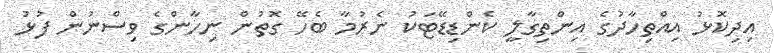
އިދިކޮޅު އިއްތިހާދުގެ އިންތިގާލީ ކެންޑިޑޭޓަކު ނެރުމާ ބެހޭ ގޮތުން ނިހާންގެ ވިސްނުން ފުޅު